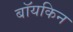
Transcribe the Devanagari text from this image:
बॉयकिन